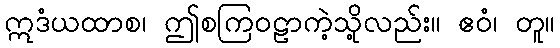
ဣဒံယထာစ၊ ဤစကြဝဠာကဲ့သို့လည်း။ ဧဝံ၊ တူ။